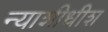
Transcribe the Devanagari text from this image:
न्‍याशीधीश